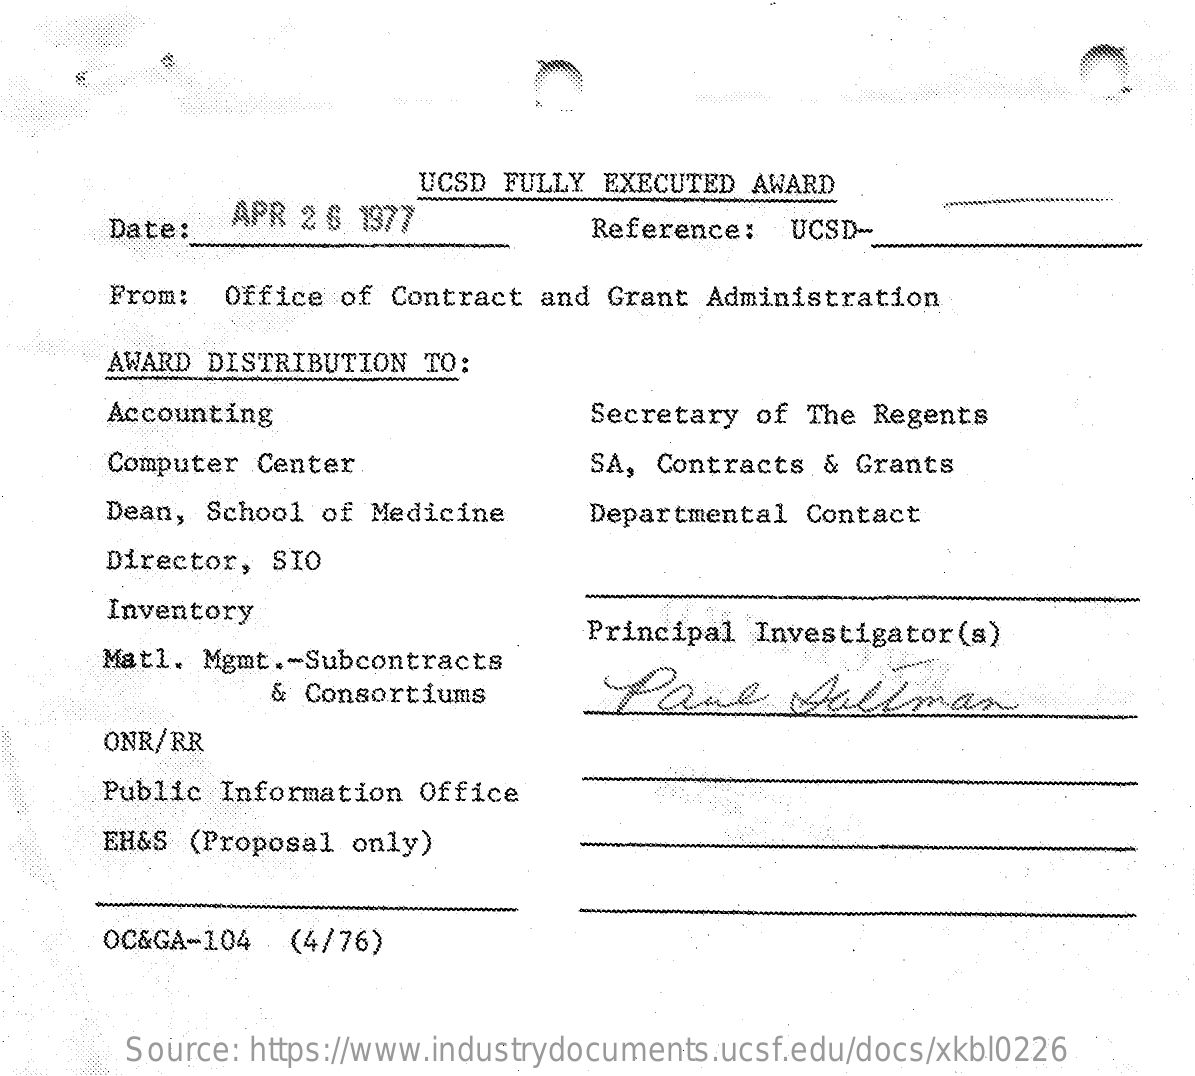
UCSD FULLY EXECUTED AWARD
     Date:   APR 2 6 1977    Reference:   UCSD-
     From:  Office  of Contract and Grant Administration
     AWARD DISTRIBUTION  TO:
     Accounting    Secretary  of The Regents
     Computer Center    SA, Contracts  & Grants
     Dean, School of Medicine    Departmental  Contact
     Director, SIO
     Inventory
     Principal  Investigator(s)
     Matl. Mgmt .~ Subcontracts
     & Consortiums
     ONR/RR
     Public Information Office
     EH&S (Proposal only)
     OC&GA-104  (4/76)
     Source: https://www.industrydocuments.ucsf.edu/docs/xkbl0226